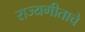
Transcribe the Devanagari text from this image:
राज्यगीताचे